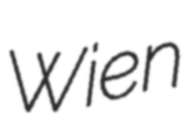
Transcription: Wien